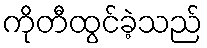
ကိုတီထွင်ခဲ့သည်